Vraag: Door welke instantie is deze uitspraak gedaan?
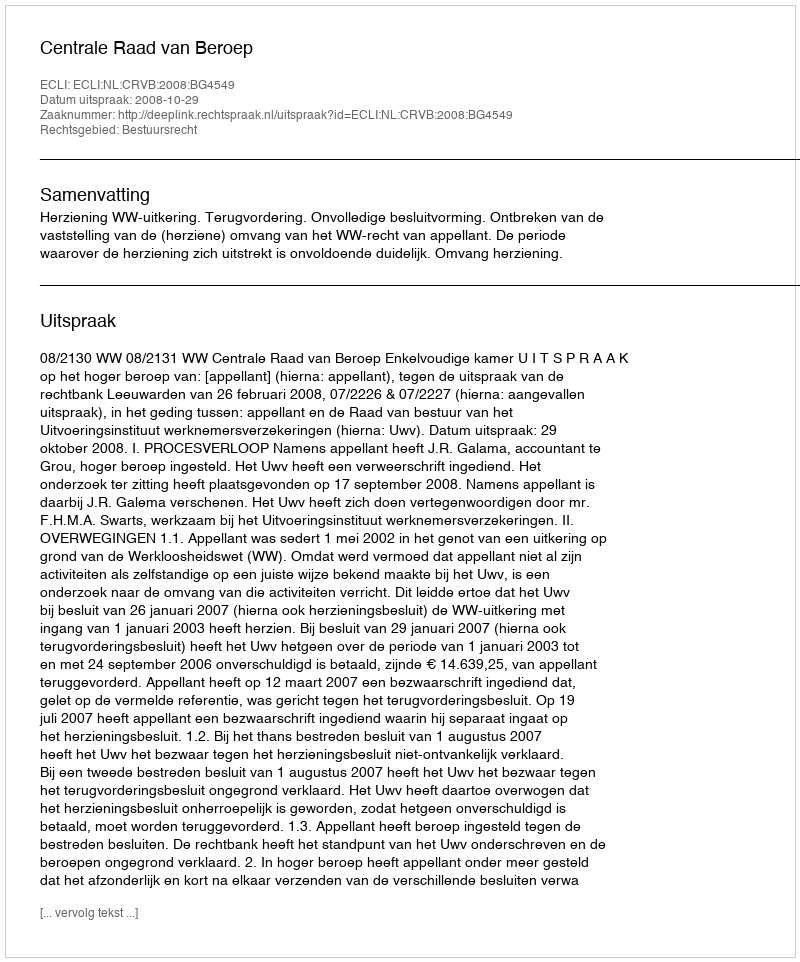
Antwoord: Centrale Raad van Beroep